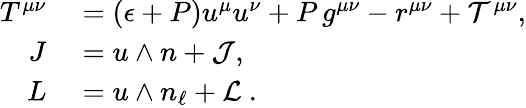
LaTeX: \begin{array}{rl}{T^{\mu\nu}}&{{}=(\epsilon+P)u^{\mu}u^{\nu}+P\, g^{\mu\nu}-r^{\mu\nu}+{\cal T}^{\mu\nu},}\\ {J}&{{}=u\wedge n+{\cal J},}\\ {L}&{{}=u\wedge n_{\ell}+{\cal L}~.}\end{array}